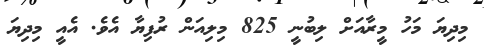
މިދިޔަ މަހު މީރާއަށް ލިބުނީ 825 މިލިއަން ރުފިޔާ އެވެ. އެއީ މިދިޔަ